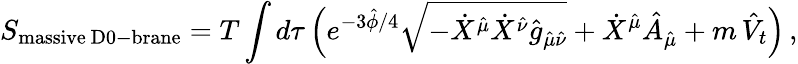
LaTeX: S_{\mathrm{massive\ D0-brane}}=T\int d\tau\, \Big(e^{-3\hat{\phi}/4}\sqrt{-\dot{X}^{\hat{\mu}}\dot{X}^{\hat{\nu}}\hat{g}_{\hat{\mu}\hat{\nu}}}+\dot{X}^{\hat{\mu}}\hat{A}_{\hat{\mu}}+m\, \hat{V}_{t}\Big)\, ,